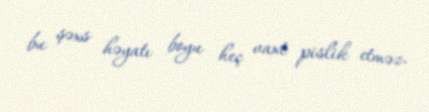
bu şəxs həyatı boyu heç vaxt pislik etməz.